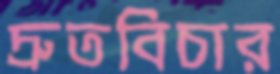
দ্রুতবিচার